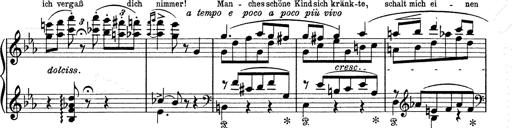
Title: 6 Polish Songs
Composer: Franz Liszt